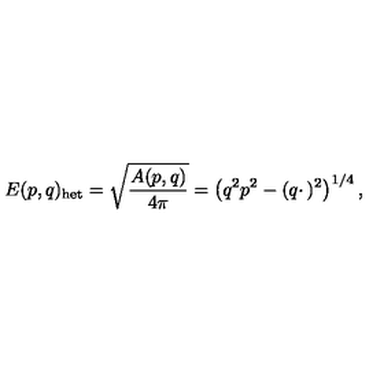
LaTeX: E ( p , q ) _ { \mathrm { h e t } } = \sqrt { \frac { A ( p , q ) } { 4 \pi } } = \left( q ^ { 2 } p ^ { 2 } - ( q \cdotp ) ^ { 2 } \right) ^ { 1 / 4 } ,